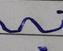
Signature authenticity: forged